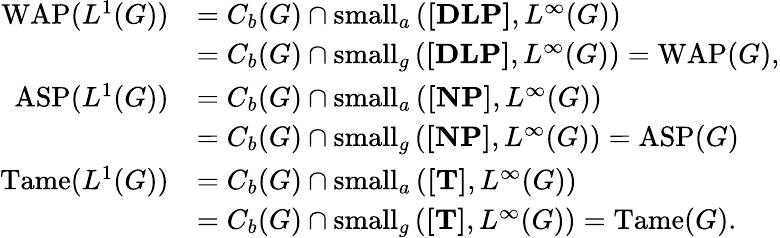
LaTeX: \begin{array}{rl}{\operatorname{WAP}(L^{1}(G))}&{=C_{b}(G)\cap\mathrm{small}_{a}\left({\mathrm{\mathbf{[DLP]}}},{L^{\infty}(G)}\right)}\\ &{=C_{b}(G)\cap\mathrm{small}_{g}\left({\mathrm{\mathbf{[DLP]}}},{L^{\infty}(G)}\right)=\operatorname{WAP}(G),}\\ {\operatorname{ASP}(L^{1}(G))}&{=C_{b}(G)\cap\mathrm{small}_{a}\left({\mathrm{\mathbf{[NP]}}},{L^{\infty}(G)}\right)}\\ &{=C_{b}(G)\cap\mathrm{small}_{g}\left({\mathrm{\mathbf{[NP]}}},{L^{\infty}(G)}\right)=\operatorname{ASP}(G)}\\ {\operatorname{Tame}(L^{1}(G))}&{=C_{b}(G)\cap\mathrm{small}_{a}\left({\mathrm{\mathbf{[T]}}},{L^{\infty}(G)}\right)}\\ &{=C_{b}(G)\cap\mathrm{small}_{g}\left({\mathrm{\mathbf{[T]}}},{L^{\infty}(G)}\right)=\operatorname{Tame}(G).}\end{array}